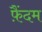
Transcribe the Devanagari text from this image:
फ़ैंदम